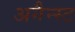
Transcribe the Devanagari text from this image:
अगैन्स्ट